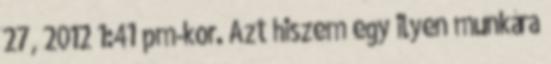
27, 2012 1:41 pm-kor. Azt hiszem egy ilyen munkára